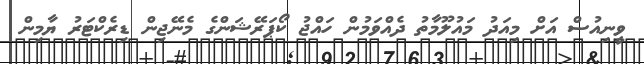
ވީނިއުސް އަށް މިއަދު މައުލޫމާތު ދެއްވަމުން ހައްޖު ކޯޕަރޭޝަންގެ މެނޭޖިން ޑިރެކްޓަރު ޔާމިން